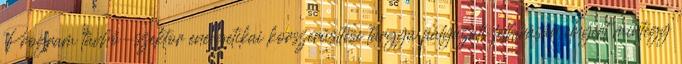
Program távhő-szektor energetikai korszerűsítése tárgyú pályázati felhívásán elnyert mintegy